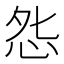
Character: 𭜥